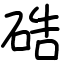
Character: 硞